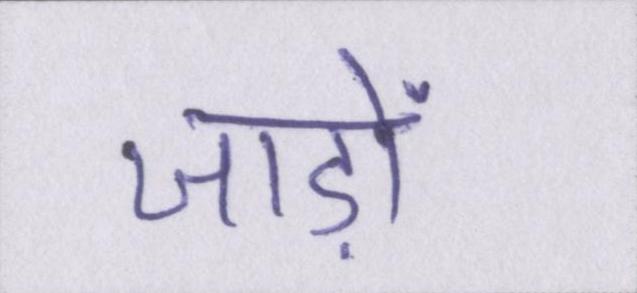
जाड़ों